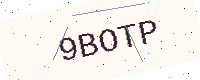
Text: 9BOTP